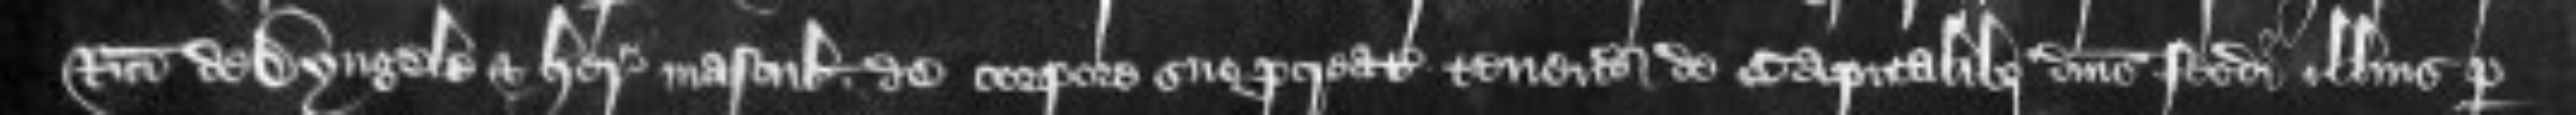
Ricardi de Dyngele et heredibus masculis de corpore suo procreatis tenendo de capitalibus dominis feodi illius per